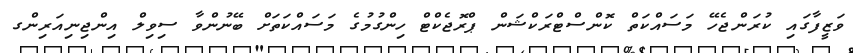
ވަޒީފާގައި ކުރަންޖެހޭ މަސައްކަތް ކޮންސްޓްރަކްޝަން ޕްރޮޖެކްޓް ހިންގުމުގެ މަސައްކަތަށް ބޭނުންވާ ސިވިލް އިންޖިނިއަރިންގ